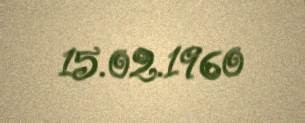
15.02.1960